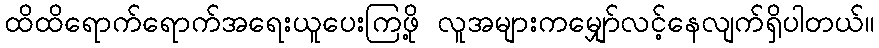
ထိထိရောက်ရောက်အရေးယူပေးကြဖို့ လူအများကမျှော်လင့်နေလျက်ရှိပါတယ်။